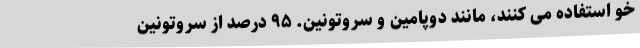
خو استفاده می کنند، مانند دوپامین و سروتونین. ۹۵ درصد از سروتونین